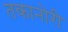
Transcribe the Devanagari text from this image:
तकानोरी